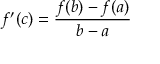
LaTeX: f ^ { \prime } ( c ) = { \frac { f ( b ) - f ( a ) } { b - a } }